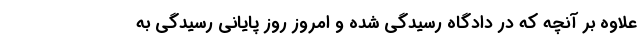
علاوه بر آنچه که در دادگاه رسیدگی شده و امروز روز پایانی رسیدگی به